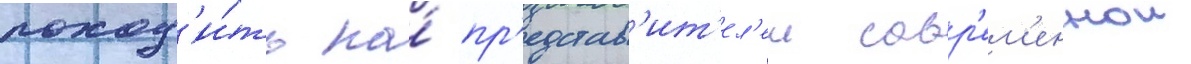
поход'и́ть на́ пр'едстав'ит'ел'еи совр'ем'еннои